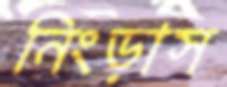
নিংড়াস